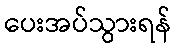
ပေးအပ်သွားရန်